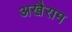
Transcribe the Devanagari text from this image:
अखैराम